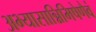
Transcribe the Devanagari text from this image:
अभ्यासान्निमिषेणैवं